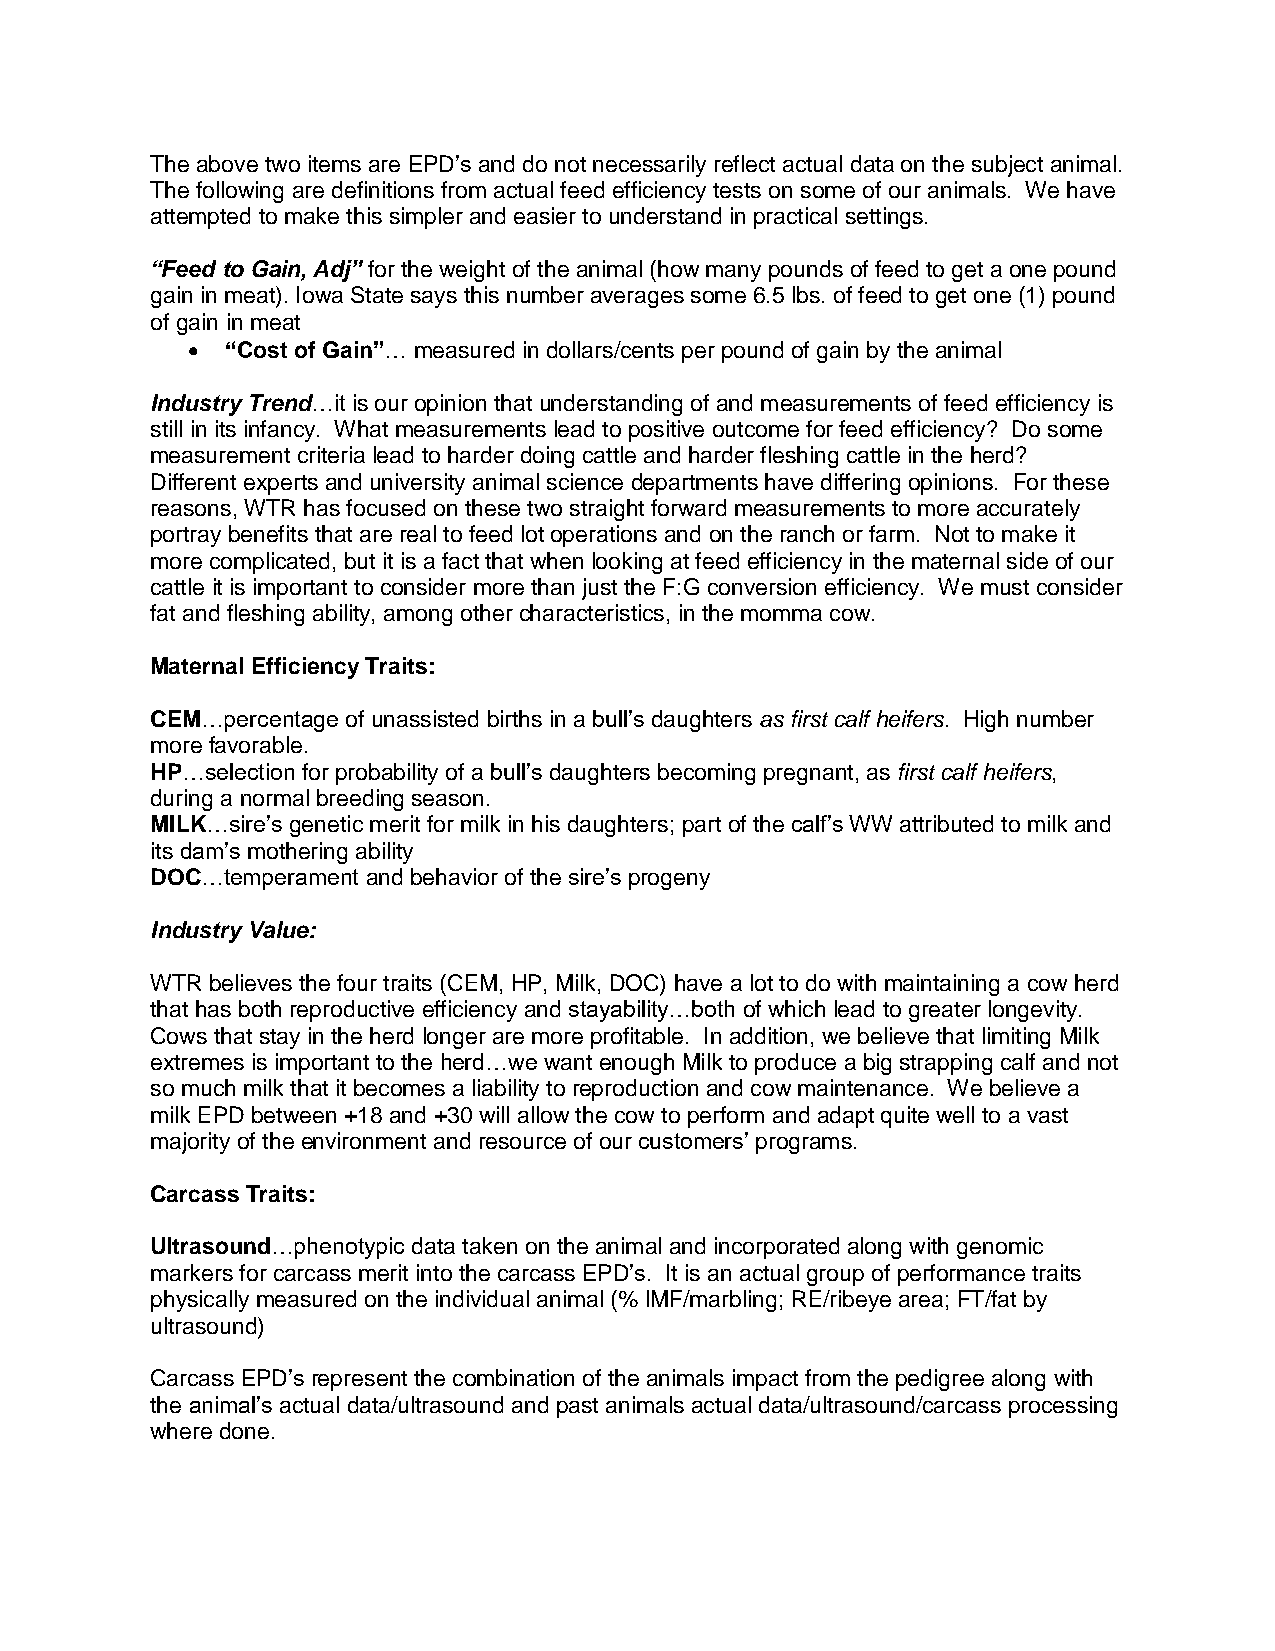
The above two items are EPD’s and do not necessarily reflect actual data on the subject animal.
 The following are definitions from actual feed efficiency tests on some of our animals. We have
 attempted to make this simpler and easier to understand in practical settings.
 “Feed to Gain, Adj” for the weight of the animal (how many pounds of feed to get a one pound
 gain in meat). Iowa State says this number averages some 6.5 lbs. of feed to get one (1) pound
 of gain in meat
 •  “Cost of Gain”… measured in dollars/cents per pound of gain by the animal
 Industry Trend…it is our opinion that understanding of and measurements of feed efficiency is
 still in its infancy. What measurements lead to positive outcome for feed efficiency? Do some
 measurement criteria lead to harder doing cattle and harder fleshing cattle in the herd?
 Different experts and university animal science departments have differing opinions. For these
 reasons, WTR has focused on these two straight forward measurements to more accurately
 portray benefits that are real to feed lot operations and on the ranch or farm. Not to make it
 more complicated, but it is a fact that when looking at feed efficiency in the maternal side of our
 cattle it is important to consider more than just the F:G conversion efficiency. We must consider
 fat and fleshing ability, among other characteristics, in the momma cow.
 Maternal Efficiency Traits:
 CEM…percentage of unassisted births in a bull’s daughters as first calf heifers. High number
 more favorable.
 HP…selection for probability of a bull’s daughters becoming pregnant, as first calf heifers,
 during a normal breeding season.
 MILK…sire’s genetic merit for milk in his daughters; part of the calf’s WW attributed to milk and
 its dam’s mothering ability
 DOC…temperament and behavior of the sire’s progeny
 Industry Value:
 WTR believes the four traits (CEM, HP, Milk, DOC) have a lot to do with maintaining a cow herd
 that has both reproductive efficiency and stayability…both of which lead to greater longevity.
 Cows that stay in the herd longer are more profitable. In addition, we believe that limiting Milk
 extremes is important to the herd…we want enough Milk to produce a big strapping calf and not
 so much milk that it becomes a liability to reproduction and cow maintenance. We believe a
 milk EPD between +18 and +30 will allow the cow to perform and adapt quite well to a vast
 majority of the environment and resource of our customers’ programs.
 Carcass Traits:
 Ultrasound…phenotypic data taken on the animal and incorporated along with genomic
 markers for carcass merit into the carcass EPD’s. It is an actual group of performance traits
 physically measured on the individual animal (% IMF/marbling; RE/ribeye area; FT/fat by
 ultrasound)
 Carcass EPD’s represent the combination of the animals impact from the pedigree along with
 the animal’s actual data/ultrasound and past animals actual data/ultrasound/carcass processing
 where done.